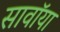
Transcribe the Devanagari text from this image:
सावॉया